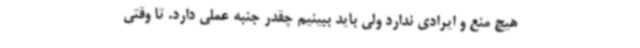
هیچ منع و ایرادی ندارد ولی باید ببینیم چقدر جنبه عملی دارد. تا وقتی